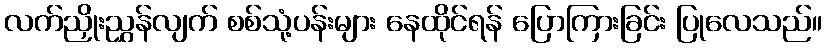
လက်ညှိုးညွှန်လျက် စစ်သုံ့ပန်းများ နေထိုင်ရန် ပြောကြားခြင်း ပြုလေသည်။